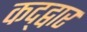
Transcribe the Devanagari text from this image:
कद्द्वार